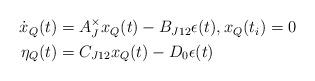
LaTeX: \begin{align*} \begin{aligned} \dot x_Q(t)&=A_J^\times x_Q(t)-B_{J12}\epsilon(t),x_Q(t_i)=0 \\ \eta_Q(t)&=C_{J12}x_Q(t)-D_0\epsilon(t) \end{aligned} \end{align*}